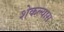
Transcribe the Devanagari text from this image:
शेकल्यास